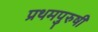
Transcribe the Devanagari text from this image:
प्रथमपुरुषी